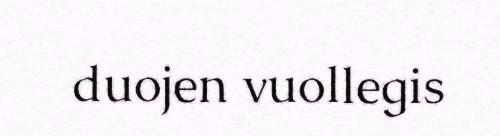
duojen vuollegis